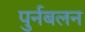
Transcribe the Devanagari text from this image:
पुर्नबलन